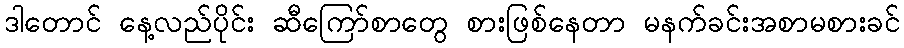
ဒါတောင် နေ့လည်ပိုင်း ဆီကြော်စာတွေ စားဖြစ်နေတာ မနက်ခင်းအစာမစားခင်